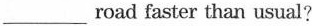
___road faster than usual?